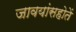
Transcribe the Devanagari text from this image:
जावयांसहोतें